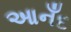
આનઁદ